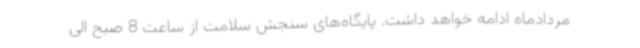
مردادماه ادامه خواهد داشت. پایگاه‌های سنجش سلامت از ساعت 8 صبح الی